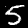
Label: 5